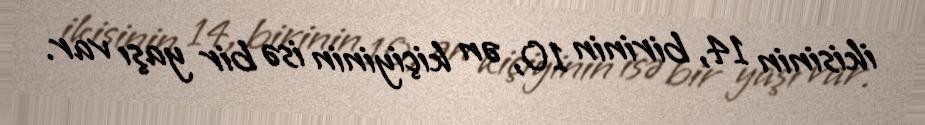
ikisinin 14, birinin 10, ən kiçiyinin isə bir yaşı var.